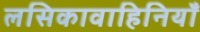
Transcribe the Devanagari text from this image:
लसिकावाहिनियाँ